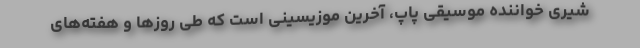
شیری خواننده موسیقی پاپ، آخرین موزیسینی است که طی روزها و هفته‌های